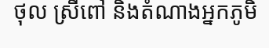
ថុល ស្រីពៅ និងតំណាងអ្នកភូមិ